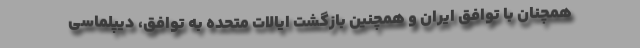
همچنان با توافق ایران و همچنین بازگشت ایالات متحده به توافق، دیپلماسی